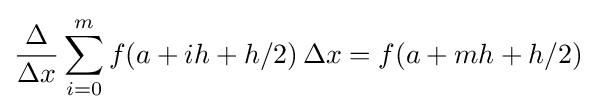
{\frac {\Delta }{\Delta x}}\sum _{i=0}^{m}f(a+ih+h/2)\,\Delta x=f(a+mh+h/2)